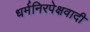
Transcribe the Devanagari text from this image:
धर्मनिरपेक्षवादी